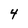
Character: 4